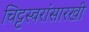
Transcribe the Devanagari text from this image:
चिट्टस्वरांसारखी